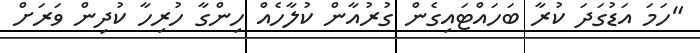
"ހަމަ އަޑުގަދަ ކުރާ ބަހައްޓައިގެން ގުރުއާން ކުލާހެއް ހިންގާ ހުރިހާ ކުދިން ވަރަށް